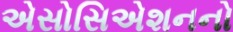
એસોસિએશનનો